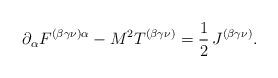
LaTeX: \begin{align*}\partial _{\alpha }F^{(\beta \gamma \nu )\alpha }-M^{2}T^{(\beta \gamma \nu)}=\frac{1}{2}\,J^{(\beta \gamma \nu )}. \end{align*}